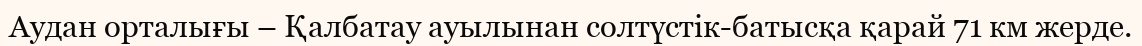
Аудан орталығы – Қалбатау ауылынан солтүстік-батысқа қарай 71 км жерде.